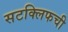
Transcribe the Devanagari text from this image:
सटक्लिफची